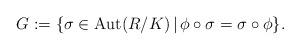
LaTeX: \begin{gather*}G:=\{\sigma \in \operatorname{Aut}(R/K) \, | \, \phi\circ\sigma=\sigma\circ \phi \}.\end{gather*}